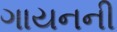
ગાયનની